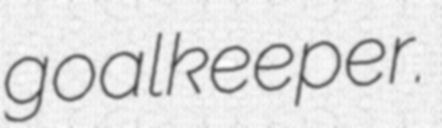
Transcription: goalkeeper.